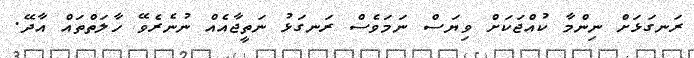
ރަނގަޅަށް ނިންމާ ކުއްޖަކަށް ވިޔަސް ނަމަވެސް ރަނގަޅު ނަތީޖާއެއް ނުނެރެވޭ ހާލަތްތައް އާދޭ.